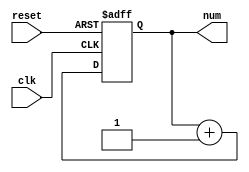
module counter32bits(input clk, input reset, output [31:0] num);
   reg[31:0] numb;
   
   assign num = numb;

   always @(posedge clk or posedge reset)
     if(reset) numb <= 0;
     else numb <= numb + 1;
endmodule // counter32bits

module verifica_num(input clk, input [31:0] num, output reset, output [7:0] led);
   reg [7:0] ledR = 8'b01010101;
   reg resetR;
	
   assign reset = resetR;
   assign led = ledR;

   always @(clk)
     if(num == 50000000)
       begin
	  resetR <= 1;
	  ledR <= ~ledR;
       end
     else
       begin
	  resetR <= 0;
       end
endmodule // verifica_num

module trab2(input CLOCK_50, output [7:0] LEDG);
   wire rstins;
   wire [31: 0] numins;
   wire [7:0]	ledins;
   
   counter32bits contador(CLOCK_50, rstins, numins);
   verifica_num verifica(CLOCK_50, numins, rstins, ledins);
   
   assign LEDG = ledins;   
endmodule // trab2

/*module test;
   reg clk;
   wire [7:0] led;

   trab2 teste(clk, led);
   always #1 clk = ~clk;
   
   initial
     begin
	$dumpvars(0, teste);
	clk = 0;
	#500
	$finish;
     end
endmodule // test
*/